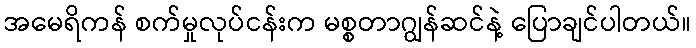
အမေရိကန် စက်မှုလုပ်ငန်းက မစ္စတာဂျွန်ဆင်နဲ့ ပြောချင်ပါတယ်။